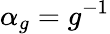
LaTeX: \alpha_{g}=g^{-1}